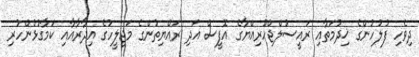
ދިވެހި ފުލުހުންގެ ޚިދުމަތާއި ރައީސުލްޖްހޫރިއްޔާގެ އޮފީސް އަދި ރައްޔިތުންގެ މަޖިލީހުގެ އިދާރާއާއި ކަމާގުޅުންހުރި